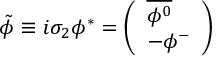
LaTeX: \tilde { \phi } \equiv i \sigma _ { 2 } \phi ^ { * } = \left( \begin{array} { l } { { \overline { { { \phi ^ { 0 } } } } } } \\ { { - \phi ^ { - } } } \end{array} \right)